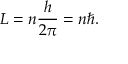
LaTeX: L = n { \frac { h } { 2 \pi } } = n \hbar .